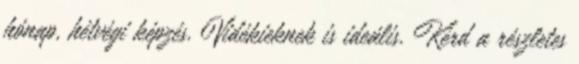
hónap, hétvégi képzés. Vidékieknek is ideális. Kérd a részletes